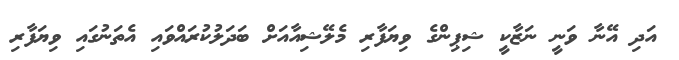
އަދި އޭނާ ވަނީ ނަޒާކީ ޝިޕިންގެ ވިޔަފާރި މެލޭޝިއާއަށް ބަދަލުކުރައްވައި އެތަނުގައި ވިޔަފާރި